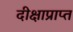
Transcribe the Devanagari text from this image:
दीक्षाप्राप्त